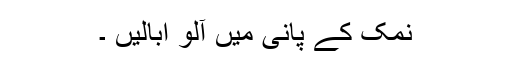
نمک کے پانی میں آلو ابالیں ۔